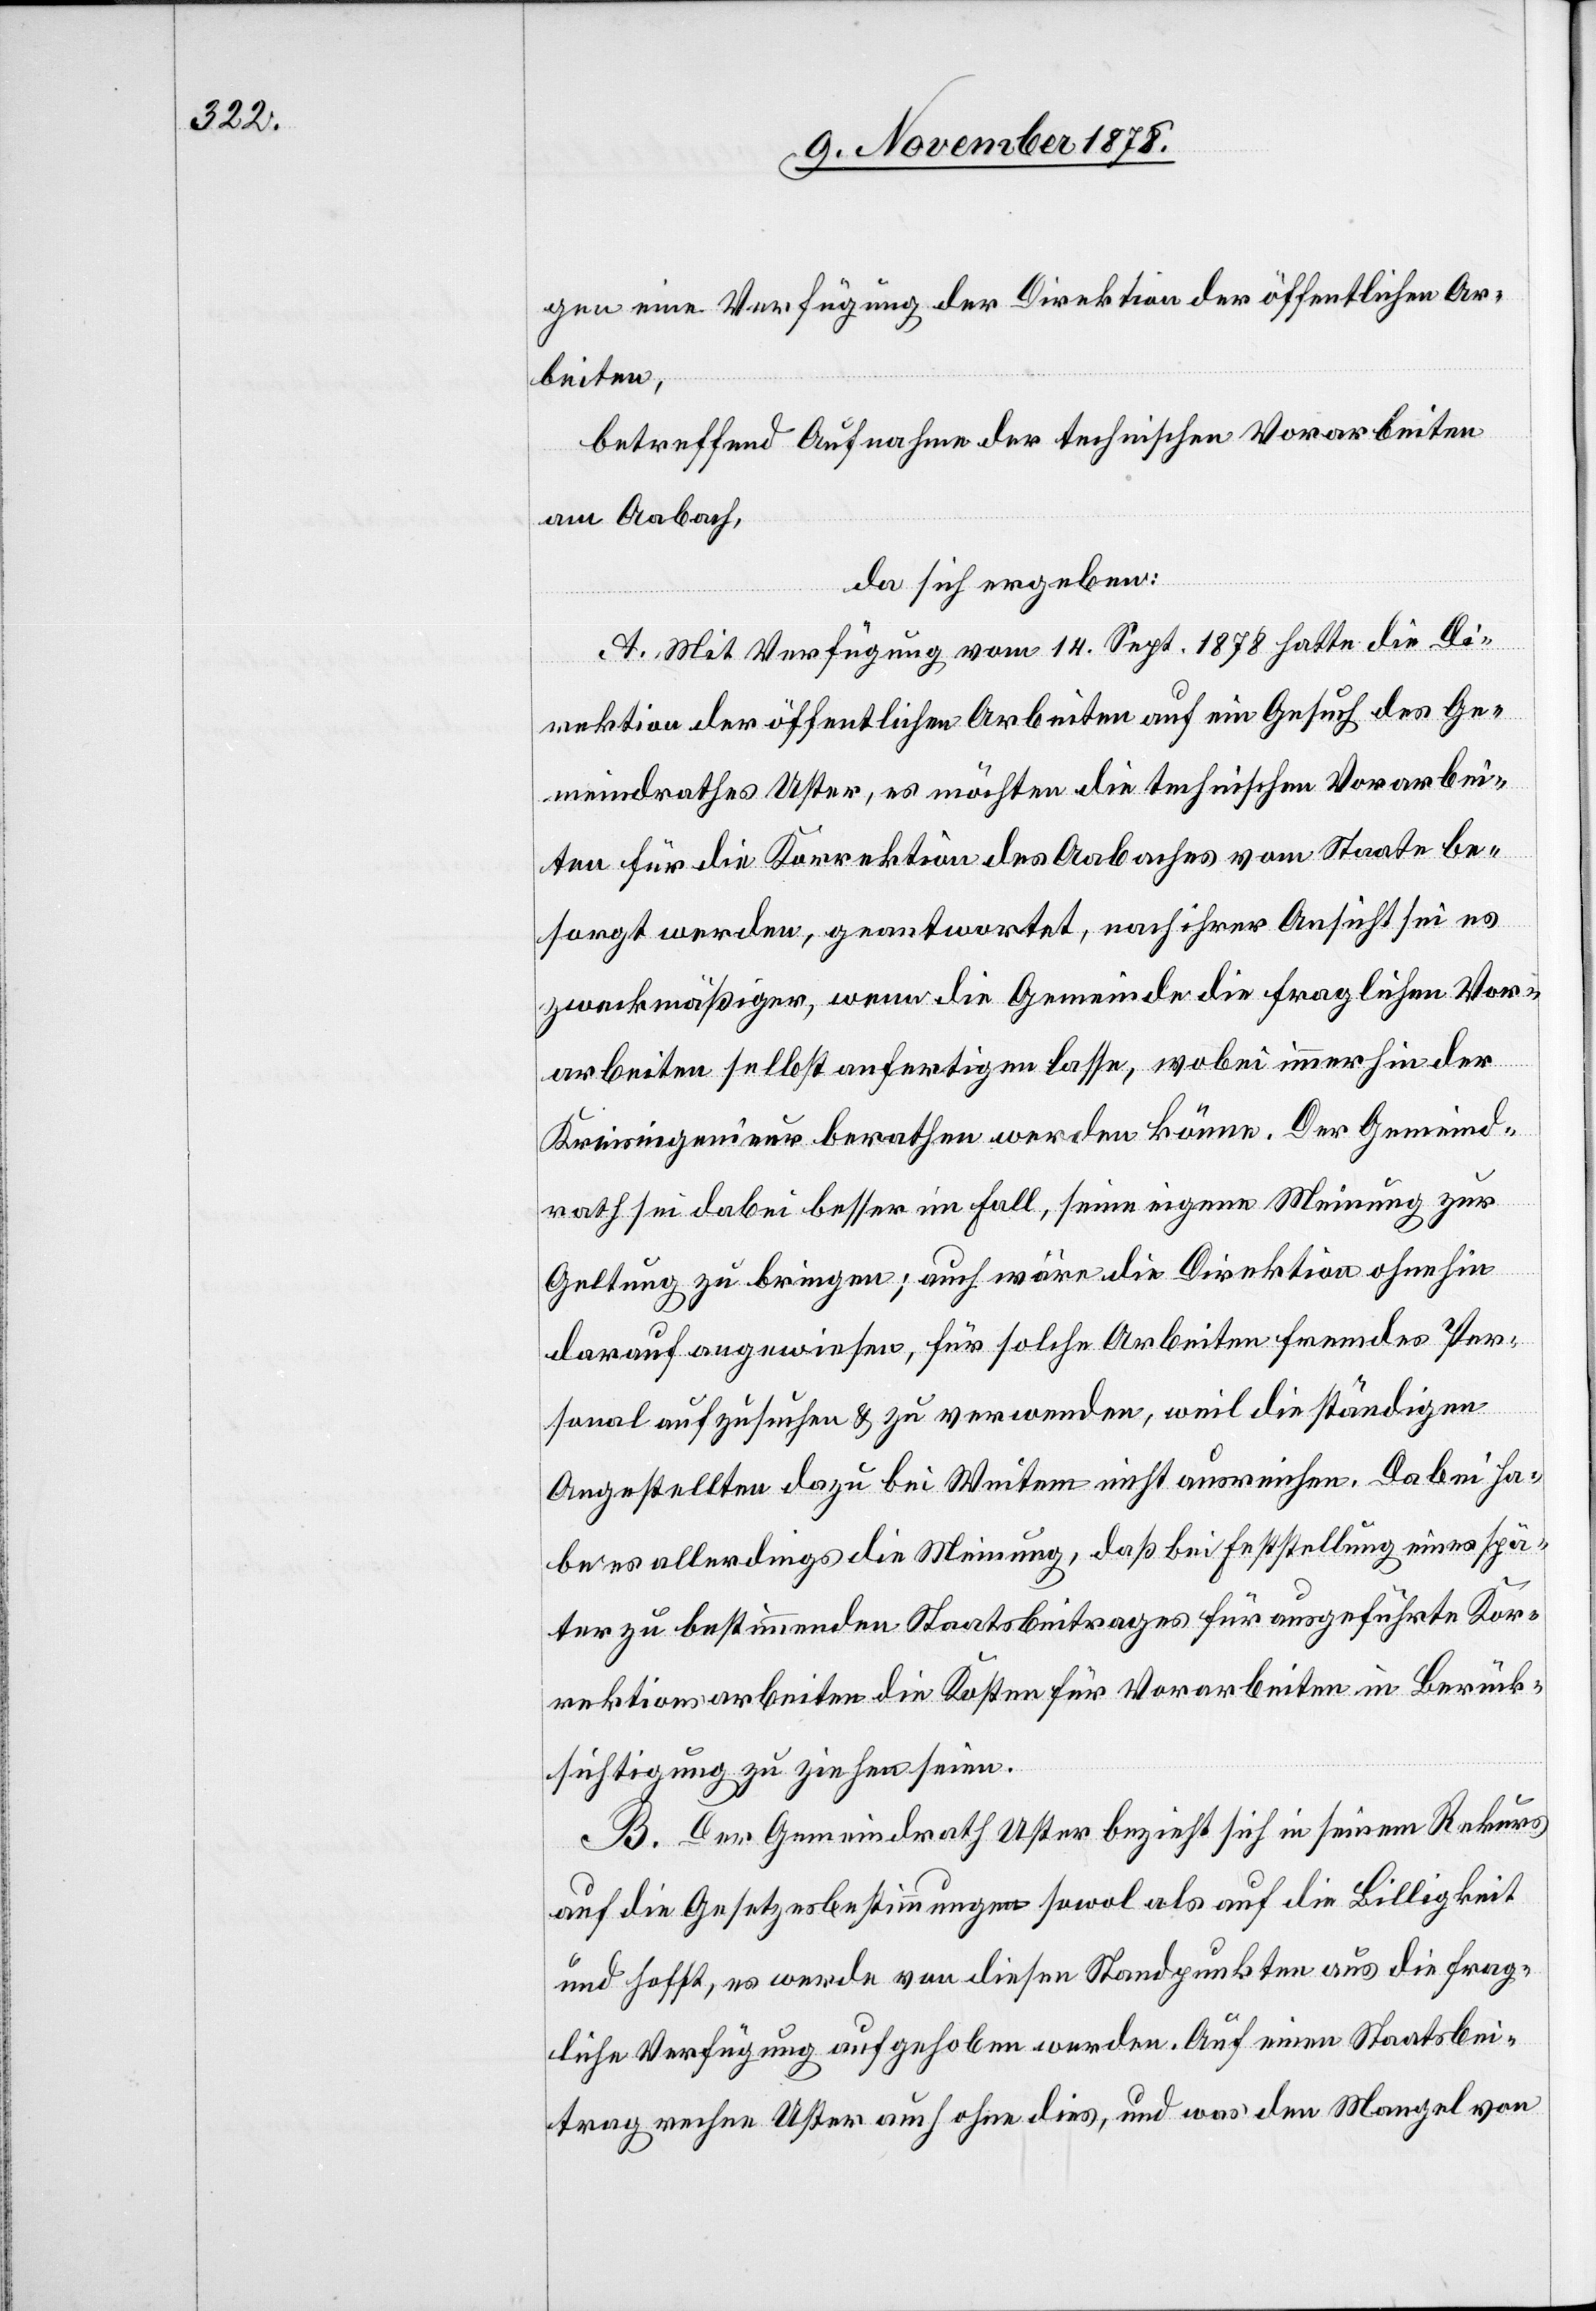
gen eine Verfügung der Direktion der öffentlichen Ar¬
beiten,
betreffend Aufnahme der technischen Vorarbeiten
am Aabach,
da sich ergeben:
A. Mit Verfügung vom 14. Sept. 1878 hatte die Di¬
rektion der öffentlichen Arbeiten auf ein Gesuch des Ge¬
meindrathes Uster, es möchten die technischen Vorarbei¬
ten für die Korrektion des Aabaches vom Staate be¬
sorgt werden, geantwortet, nach ihrer Ansicht sei es
zweckmäßiger, wenn die Gemeinde die fraglichen Vor¬
arbeiten selbst anfertigen lasse, wobei immerhin der
Kreisingenieur berathen werden könne. Der Gemeind¬
rath sei dabei besser im Fall, seine eigene Meinung zur
Geltung zu bringen; auch wäre die Direktion ohnehin
darauf angewiesen, für solche Arbeiten fremdes Per¬
sonal aufzusuchen & zu verwenden, weil die ständigen
Angestellten dazu bei Weitem nicht ausreichen. Dabei ha¬
be es allerdings die Meinung, daß bei Feststellung eines spä¬
ter zu bestimmenden Staatsbeitrages für ausgeführte Kor¬
rektionsarbeiten die Kosten für Vorarbeiten in Berück¬
sichtigung zu ziehen seien.
B. Der Gemeindrath Uster bezieht sich in seinem Rekurs
auf die Gesetzesbestimmungen sowol als auf die Billigkeit
und hofft, es werde von diesen Standpunkten aus die frag¬
liche Verfügung aufgehoben werden. Auf einen Staatsbei¬
trag rechne Uster auch ohne dies, und was den Mangel von